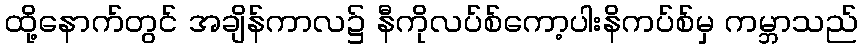
ထို့နောက်တွင် အချိန်ကာလ၌ နီကိုလပ်စ်ကော့ပါးနိကပ်စ်မှ ကမ္ဘာသည်